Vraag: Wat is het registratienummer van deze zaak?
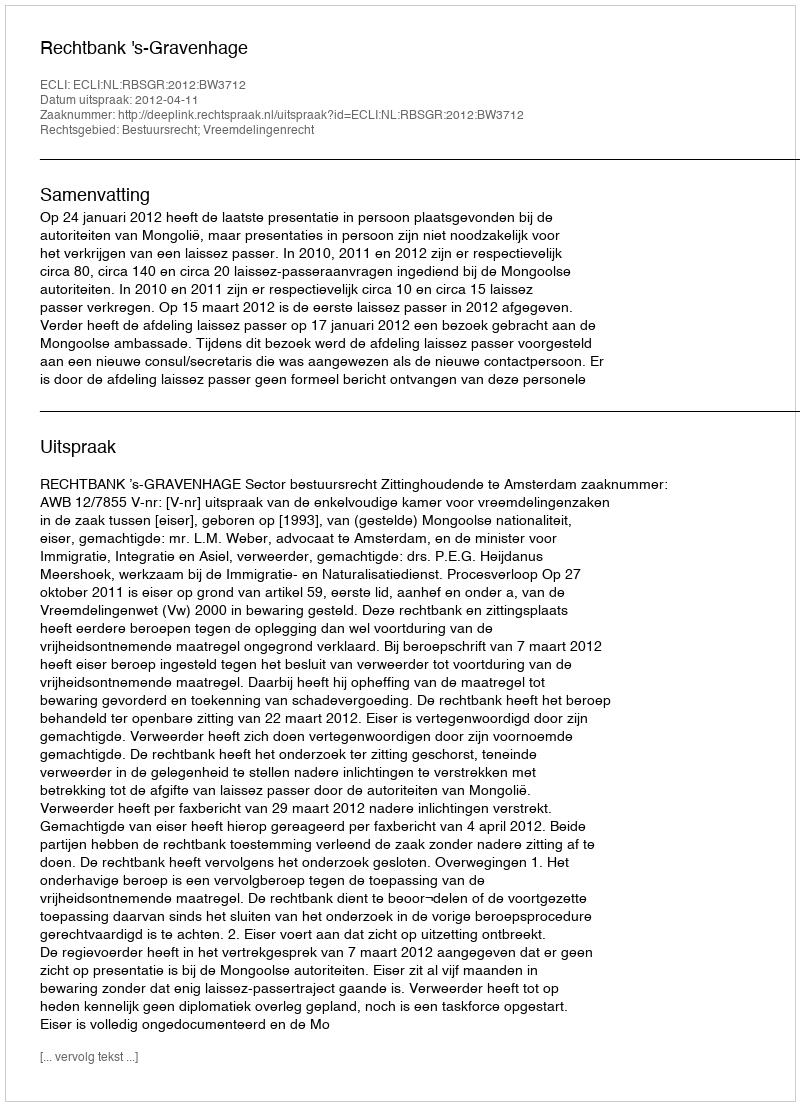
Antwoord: http://deeplink.rechtspraak.nl/uitspraak?id=ECLI:NL:RBSGR:2012:BW3712